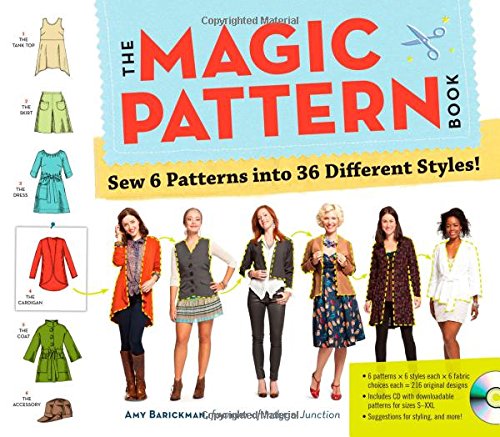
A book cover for The Magic Pattern Book: Sew 6 Patterns into 36 Different Styles!; Amy Barickman; Crafts, Hobbies & Home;